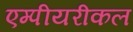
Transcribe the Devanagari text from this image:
एम्पीयरीकल